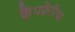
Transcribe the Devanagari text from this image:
कैंपफ़ेरिया